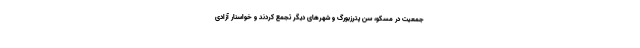
جمعیت در مسکو، سن پترزبورگ و شهرهای دیگر تجمع کردند و خواسنار آزادی